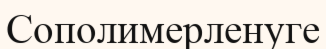
Сополимерленуге